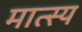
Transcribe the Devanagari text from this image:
मात्स्य